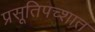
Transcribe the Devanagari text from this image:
प्रसूतिपच्शात